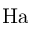
\mathrm { H a }